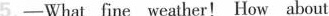
5.—What fine weather! How about